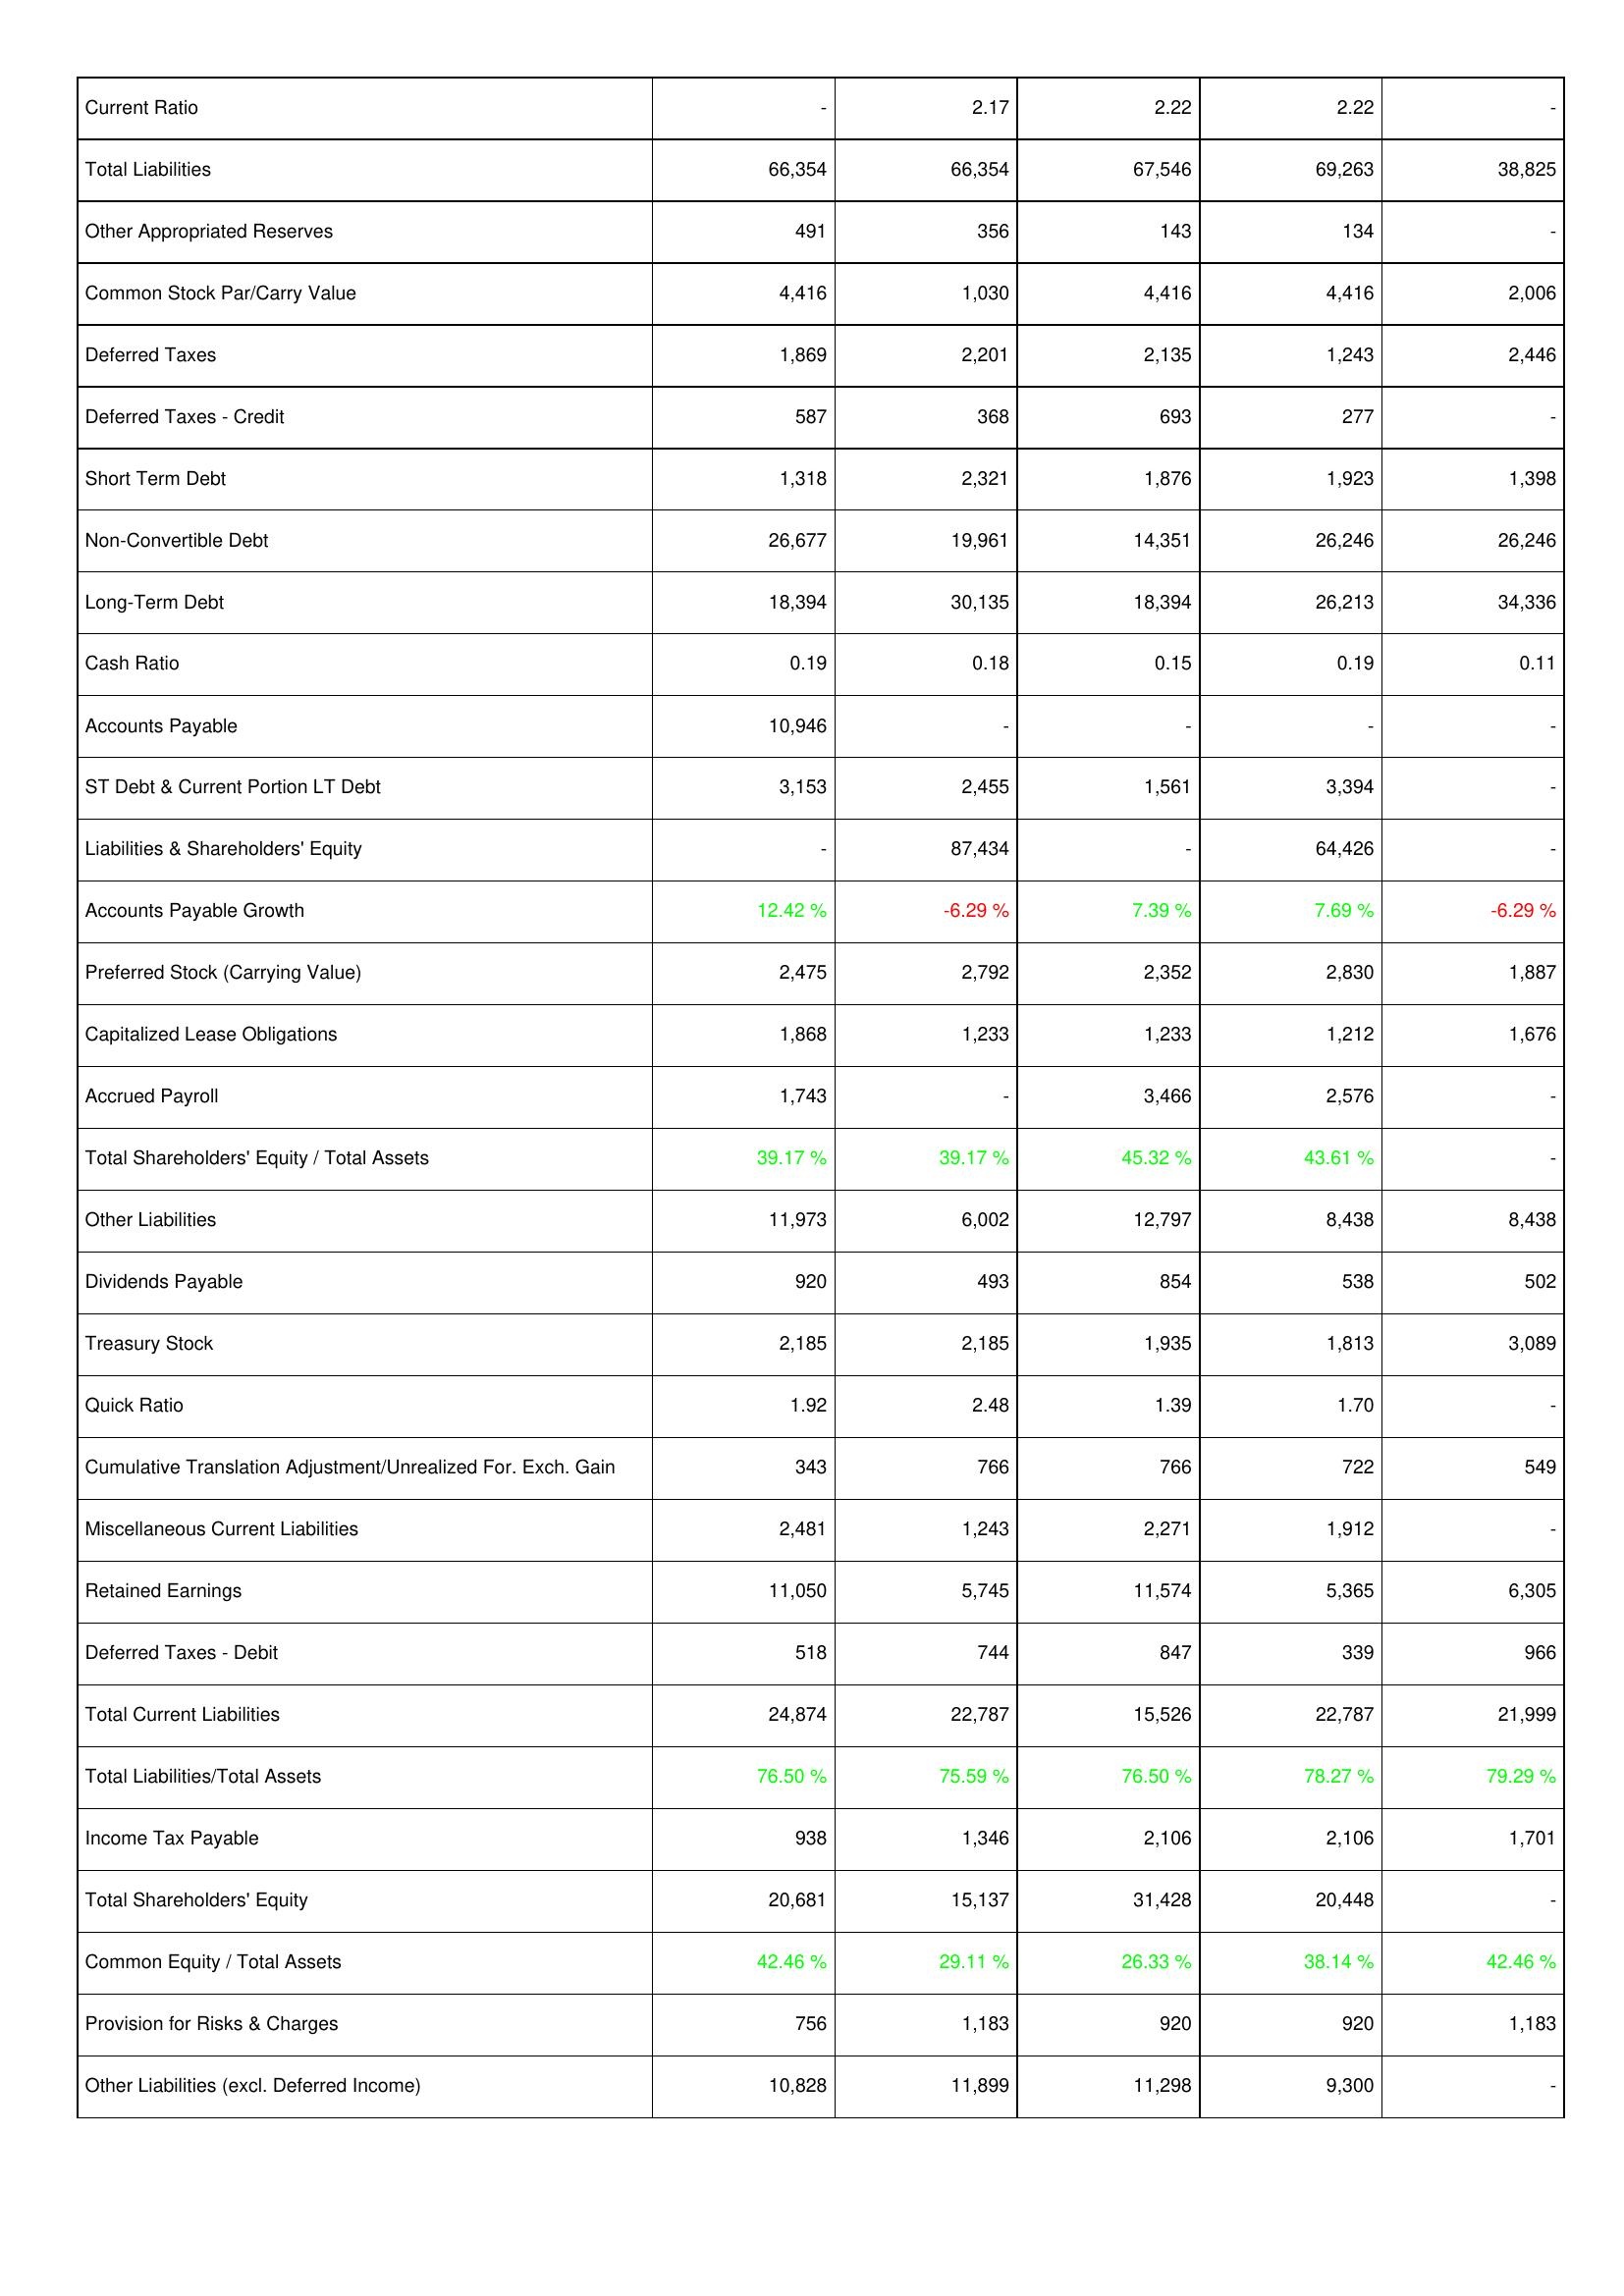
2009: Liabilities & Shareholders' Equity: Current Ratio: -
Total Liabilities: 66,354
Other Appropriated Reserves: 491
Common Stock Par/Carry Value: 4,416
Deferred Taxes: 1,869
Deferred Taxes - Credit: 587
Short Term Debt: 1,318
Non-Convertible Debt: 26,677
Long-Term Debt: 18,394
Cash Ratio: 0.19
Accounts Payable: 10,946
ST Debt & Current Portion LT Debt: 3,153
Liabilities & Shareholders' Equity: -
Accounts Payable Growth: 12.42 %
Preferred Stock (Carrying Value): 2,475
Capitalized Lease Obligations: 1,868
Accrued Payroll: 1,743
Total Shareholders' Equity / Total Assets: 39.17 %
Other Liabilities: 11,973
Dividends Payable: 920
Treasury Stock: 2,185
Quick Ratio: 1.92
Cumulative Translation Adjustment/Unrealized For. Exch. Gain: 343
Miscellaneous Current Liabilities: 2,481
Retained Earnings: 11,050
Deferred Taxes - Debit: 518
Total Current Liabilities: 24,874
Total Liabilities/Total Assets: 76.50 %
Income Tax Payable: 938
Total Shareholders' Equity: 20,681
Common Equity / Total Assets: 42.46 %
Provision for Risks & Charges: 756
Other Liabilities (excl. Deferred Income): 10,828
2008: Liabilities & Shareholders' Equity: Current Ratio: 2.17
Total Liabilities: 66,354
Other Appropriated Reserves: 356
Common Stock Par/Carry Value: 1,030
Deferred Taxes: 2,201
Deferred Taxes - Credit: 368
Short Term Debt: 2,321
Non-Convertible Debt: 19,961
Long-Term Debt: 30,135
Cash Ratio: 0.18
Accounts Payable: -
ST Debt & Current Portion LT Debt: 2,455
Liabilities & Shareholders' Equity: 87,434
Accounts Payable Growth: -6.29 %
Preferred Stock (Carrying Value): 2,792
Capitalized Lease Obligations: 1,233
Accrued Payroll: -
Total Shareholders' Equity / Total Assets: 39.17 %
Other Liabilities: 6,002
Dividends Payable: 493
Treasury Stock: 2,185
Quick Ratio: 2.48
Cumulative Translation Adjustment/Unrealized For. Exch. Gain: 766
Miscellaneous Current Liabilities: 1,243
Retained Earnings: 5,745
Deferred Taxes - Debit: 744
Total Current Liabilities: 22,787
Total Liabilities/Total Assets: 75.59 %
Income Tax Payable: 1,346
Total Shareholders' Equity: 15,137
Common Equity / Total Assets: 29.11 %
Provision for Risks & Charges: 1,183
Other Liabilities (excl. Deferred Income): 11,899
2007: Liabilities & Shareholders' Equity: Current Ratio: 2.22
Total Liabilities: 67,546
Other Appropriated Reserves: 143
Common Stock Par/Carry Value: 4,416
Deferred Taxes: 2,135
Deferred Taxes - Credit: 693
Short Term Debt: 1,876
Non-Convertible Debt: 14,351
Long-Term Debt: 18,394
Cash Ratio: 0.15
Accounts Payable: -
ST Debt & Current Portion LT Debt: 1,561
Liabilities & Shareholders' Equity: -
Accounts Payable Growth: 7.39 %
Preferred Stock (Carrying Value): 2,352
Capitalized Lease Obligations: 1,233
Accrued Payroll: 3,466
Total Shareholders' Equity / Total Assets: 45.32 %
Other Liabilities: 12,797
Dividends Payable: 854
Treasury Stock: 1,935
Quick Ratio: 1.39
Cumulative Translation Adjustment/Unrealized For. Exch. Gain: 766
Miscellaneous Current Liabilities: 2,271
Retained Earnings: 11,574
Deferred Taxes - Debit: 847
Total Current Liabilities: 15,526
Total Liabilities/Total Assets: 76.50 %
Income Tax Payable: 2,106
Total Shareholders' Equity: 31,428
Common Equity / Total Assets: 26.33 %
Provision for Risks & Charges: 920
Other Liabilities (excl. Deferred Income): 11,298
2006: Liabilities & Shareholders' Equity: Current Ratio: 2.22
Total Liabilities: 69,263
Other Appropriated Reserves: 134
Common Stock Par/Carry Value: 4,416
Deferred Taxes: 1,243
Deferred Taxes - Credit: 277
Short Term Debt: 1,923
Non-Convertible Debt: 26,246
Long-Term Debt: 26,213
Cash Ratio: 0.19
Accounts Payable: -
ST Debt & Current Portion LT Debt: 3,394
Liabilities & Shareholders' Equity: 64,426
Accounts Payable Growth: 7.69 %
Preferred Stock (Carrying Value): 2,830
Capitalized Lease Obligations: 1,212
Accrued Payroll: 2,576
Total Shareholders' Equity / Total Assets: 43.61 %
Other Liabilities: 8,438
Dividends Payable: 538
Treasury Stock: 1,813
Quick Ratio: 1.70
Cumulative Translation Adjustment/Unrealized For. Exch. Gain: 722
Miscellaneous Current Liabilities: 1,912
Retained Earnings: 5,365
Deferred Taxes - Debit: 339
Total Current Liabilities: 22,787
Total Liabilities/Total Assets: 78.27 %
Income Tax Payable: 2,106
Total Shareholders' Equity: 20,448
Common Equity / Total Assets: 38.14 %
Provision for Risks & Charges: 920
Other Liabilities (excl. Deferred Income): 9,300
2005: Liabilities & Shareholders' Equity: Current Ratio: -
Total Liabilities: 38,825
Other Appropriated Reserves: -
Common Stock Par/Carry Value: 2,006
Deferred Taxes: 2,446
Deferred Taxes - Credit: -
Short Term Debt: 1,398
Non-Convertible Debt: 26,246
Long-Term Debt: 34,336
Cash Ratio: 0.11
Accounts Payable: -
ST Debt & Current Portion LT Debt: -
Liabilities & Shareholders' Equity: -
Accounts Payable Growth: -6.29 %
Preferred Stock (Carrying Value): 1,887
Capitalized Lease Obligations: 1,676
Accrued Payroll: -
Total Shareholders' Equity / Total Assets: -
Other Liabilities: 8,438
Dividends Payable: 502
Treasury Stock: 3,089
Quick Ratio: -
Cumulative Translation Adjustment/Unrealized For. Exch. Gain: 549
Miscellaneous Current Liabilities: -
Retained Earnings: 6,305
Deferred Taxes - Debit: 966
Total Current Liabilities: 21,999
Total Liabilities/Total Assets: 79.29 %
Income Tax Payable: 1,701
Total Shareholders' Equity: -
Common Equity / Total Assets: 42.46 %
Provision for Risks & Charges: 1,183
Other Liabilities (excl. Deferred Income): -